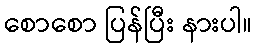
စောစော ပြန်ပြီး နားပါ။